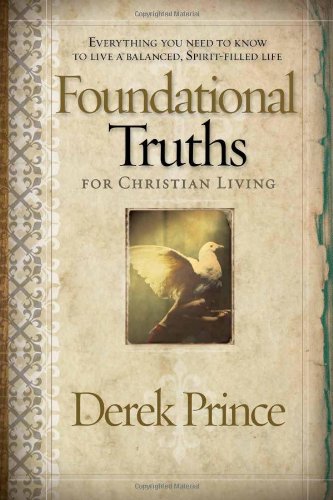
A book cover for Foundational Truths For Christian Living: Everything you need to know to live a balanced, spirit-filled life; Derek Prince; Christian Books & Bibles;